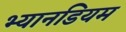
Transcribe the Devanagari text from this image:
भ्यानडियम